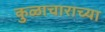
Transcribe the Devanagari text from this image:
कुळाचाराच्या